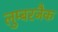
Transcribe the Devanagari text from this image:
लुम्बरजैक